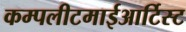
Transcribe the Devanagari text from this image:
कम्पलीटमाईआर्टिस्ट